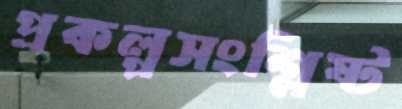
প্রকল্পসংশ্লিষ্ট